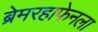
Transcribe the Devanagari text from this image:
ब्रेमरहाफेनला